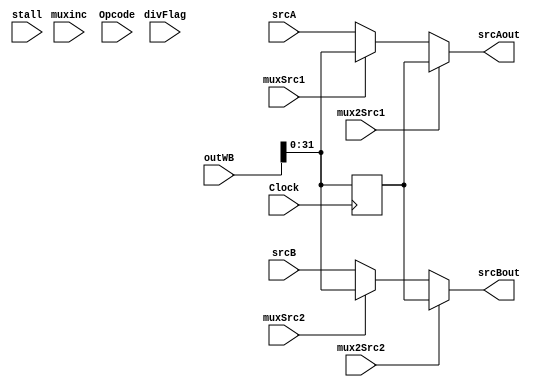
`timescale 1ns / 1ps
//////////////////////////////////////////////////////////////////////////////////
// Company: 
// Engineer: 
// 
// Design Name: 
// Module Name:    aluWB 
// Project Name: 
// Target Devices: 
// Tool versions: 
// Description: 
//
// Dependencies: 
//
// Revision: 
// Revision 0.01 - File Created
// Additional Comments: 
//
//////////////////////////////////////////////////////////////////////////////////
module aluWB(input Clock,
				 input [31:0] srcA,srcB,
				 input [63:0] outWB,
				 input muxSrc1,muxinc,muxSrc2,mux2Src1,mux2Src2,
				 input [2:0] Opcode,input divFlag,stall,
				 output reg [31:0] srcAout,srcBout );
				 
reg [63:0] outp;
				 
always @ (srcA,srcB,outWB)
begin
	
		srcAout =  mux2Src1?outp[31:0]:muxSrc1?outWB[31:0]:srcA;
		
		srcBout =  mux2Src2?outp[31:0]:muxSrc2?outWB[31:0]:srcB;
end

always @(posedge Clock)
begin
	outp <= outWB;
end	

endmodule